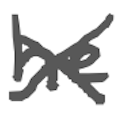
Text: he
Cross-out: cross
Writing tool: digital_gray